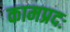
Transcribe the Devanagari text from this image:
कामप्रदः